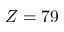
Z = 7 9